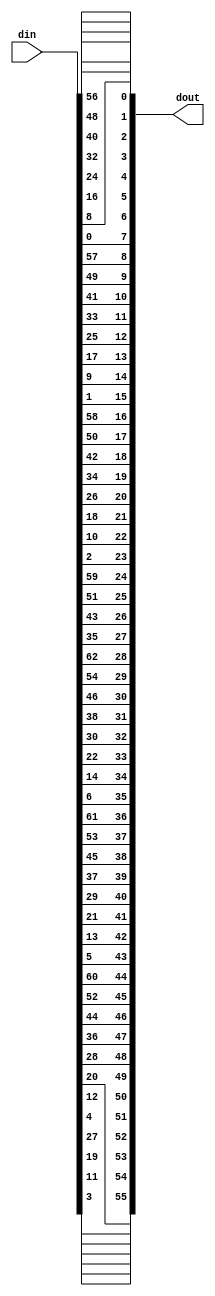
`timescale 1ns / 1ps

// ******************************************************************
// * Permuted-choice 1 from the key bits to yield C and D.
// * Note that bits 8,16... are left out:
// * They are intended for a parity check.
// ******************************************************************

module pc1(
	input [64:1] din,
	output [55:0] dout
	);

	assign dout = {
		din[4], din[12], din[20], din[28], din[5], din[13], din[21],
		din[29], din[37], din[45], din[53], din[61], din[6], din[14],
		din[22], din[30], din[38], din[46], din[54], din[62], din[7],
		din[15], din[23], din[31], din[39], din[47], din[55], din[63],

		din[36], din[44], din[52], din[60], din[3], din[11], din[19],
		din[27], din[35], din[43], din[51], din[59], din[2], din[10],
		din[18], din[26], din[34], din[42], din[50], din[58], din[1],
		din[9], din[17], din[25], din[33], din[41], din[49], din[57]
	};

endmodule